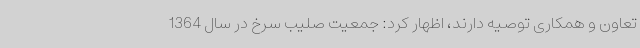
تعاون و همکاری توصیه دارند، اظهار کرد: جمعیت صلیب سرخ در سال 1364